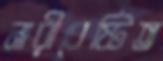
নারীবেষ্টিত